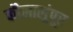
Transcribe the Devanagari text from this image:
कौलालूंपूर